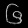
Digit: ၆